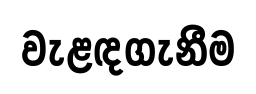
වැළඳගැනීම